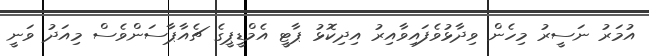
އުމަރު ނަސީރު މިހެން ވިދާޅުވެފައިވާއިރު އިދިކޮޅު ޕާޓީ އެމްޑީޕީގެ ޗެއާޕާސަންވެސް މިއަދު ވަނީ